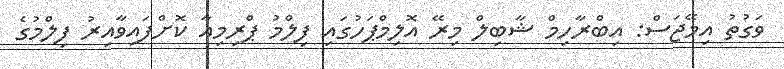
ވަގުތު އިމޭޖަސް: އިބްރާހިމް ޝާބިލް މިރޭ އޮލިމްޕަހުގައި ފިލްމު ޕްރިމިއާ ކޮށްފައިވާއިރު ފިލްމުގެ